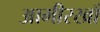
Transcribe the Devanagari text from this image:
आमीरखाँ